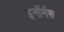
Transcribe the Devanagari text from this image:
इनॉर्मस